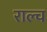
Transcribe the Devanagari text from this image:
राल्च